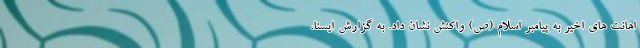
اهانت های اخیر به پیامبر اسلام (ص) واکنش نشان داد. به گزارش ایسنا،